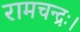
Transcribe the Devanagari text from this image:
रामचन्द्रः।